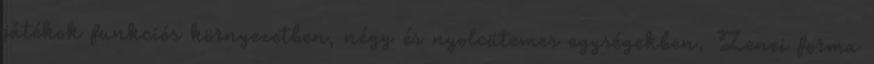
játékok funkciós környezetben, négy és nyolcütemes egységekben. Zenei forma